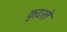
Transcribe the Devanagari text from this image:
कु़दरते